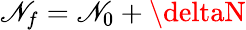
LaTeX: \mathscr{N}_{f}=\mathscr{N}_{0}+\deltaN